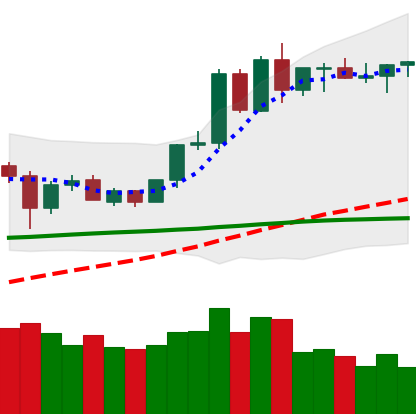
Ticker: ETH-USD
Chart end date: 2020-06-08
Forward return: -3.005%
Label: down_3_5